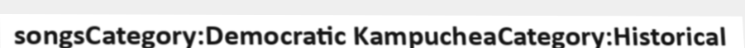
songsCategory:Democratic KampucheaCategory:Historical